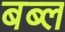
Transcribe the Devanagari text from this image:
बब्ल